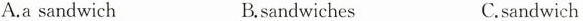
A.a sandwich B.sandwiches C.sandwich